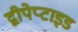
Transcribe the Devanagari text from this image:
द्वीपेप्टाइड